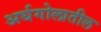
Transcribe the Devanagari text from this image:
अर्धगोलातील